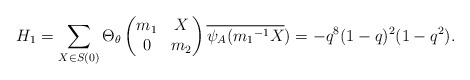
\begin{align*} H_1=\sum_{X \in S(0)}\Theta_{\theta} \begin{pmatrix} m_1 & X\\ 0 & m_2\end{pmatrix}\overline{\psi_A({m_1}^{-1}X})=-q^8(1-q)^2(1-q^2).\end{align*}